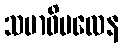
သမာဓိဗလေန